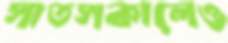
সাতসকালেও